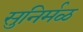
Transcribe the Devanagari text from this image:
सुनिर्मळ